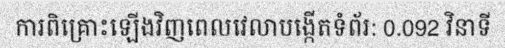
ការពិគ្រោះឡើងវិញពេលវេលាបង្កើតទំព័រ: 0.092 វិនាទី